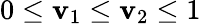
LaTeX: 0\leq\mathbf{v}_{1}\leq\mathbf{v}_{2}\leq1